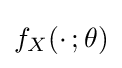
f_{X}(\cdot \,;\theta )